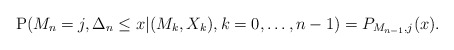
\begin{align*} {\rm P}(M_n=j,\Delta_n \leq x|(M_k,X_k),k=0,\dots,n-1)=P_{M_{n-1},j}(x). \end{align*}